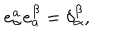
e _ { \alpha } ^ { a } e _ { a } ^ { \beta } = \delta _ { \alpha } ^ { \beta } ,